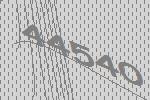
44540